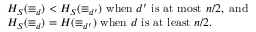
\begin{array} { r l } & { H _ { S } ( \equiv _ { d } ) < H _ { S } ( \equiv _ { d ^ { \prime } } ) \mathrm { ~ w h e n ~ } d ^ { \prime } \mathrm { ~ i s ~ a t ~ m o s t ~ } n / 2 , \mathrm { ~ a n d ~ } } \\ & { H _ { S } ( \equiv _ { d } ) = H ( \equiv _ { d ^ { \prime } } ) \mathrm { ~ w h e n ~ } d \mathrm { ~ i s ~ a t ~ l e a s t ~ } n / 2 . } \end{array}